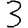
Digit: 3